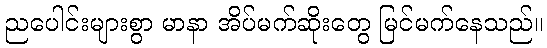
ညပေါင်းများစွာ မာနာ အိပ်မက်ဆိုးတွေ မြင်မက်နေသည်။